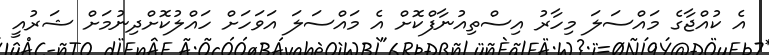
އެ ކުއްޖާގެ މައްސަލަ މިހާރު އިސްތިއުނާފްކޮށް އެ މައްސަލަ އަވަހަށް ހައްލުކޮށްދިނުމަށް ޝަރުއީ